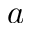
a